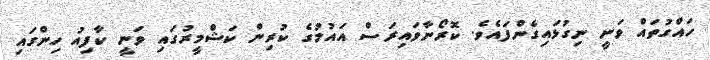
ހައްގުތައް ވަނީ ނިގުޅައިގެންފައެވެ. ކޮރޯނާވައިރަސް އައުމުގެ ކުރިން ކަޝްމީރުގައި ވަނީ ކާފިއު ހިންގައި